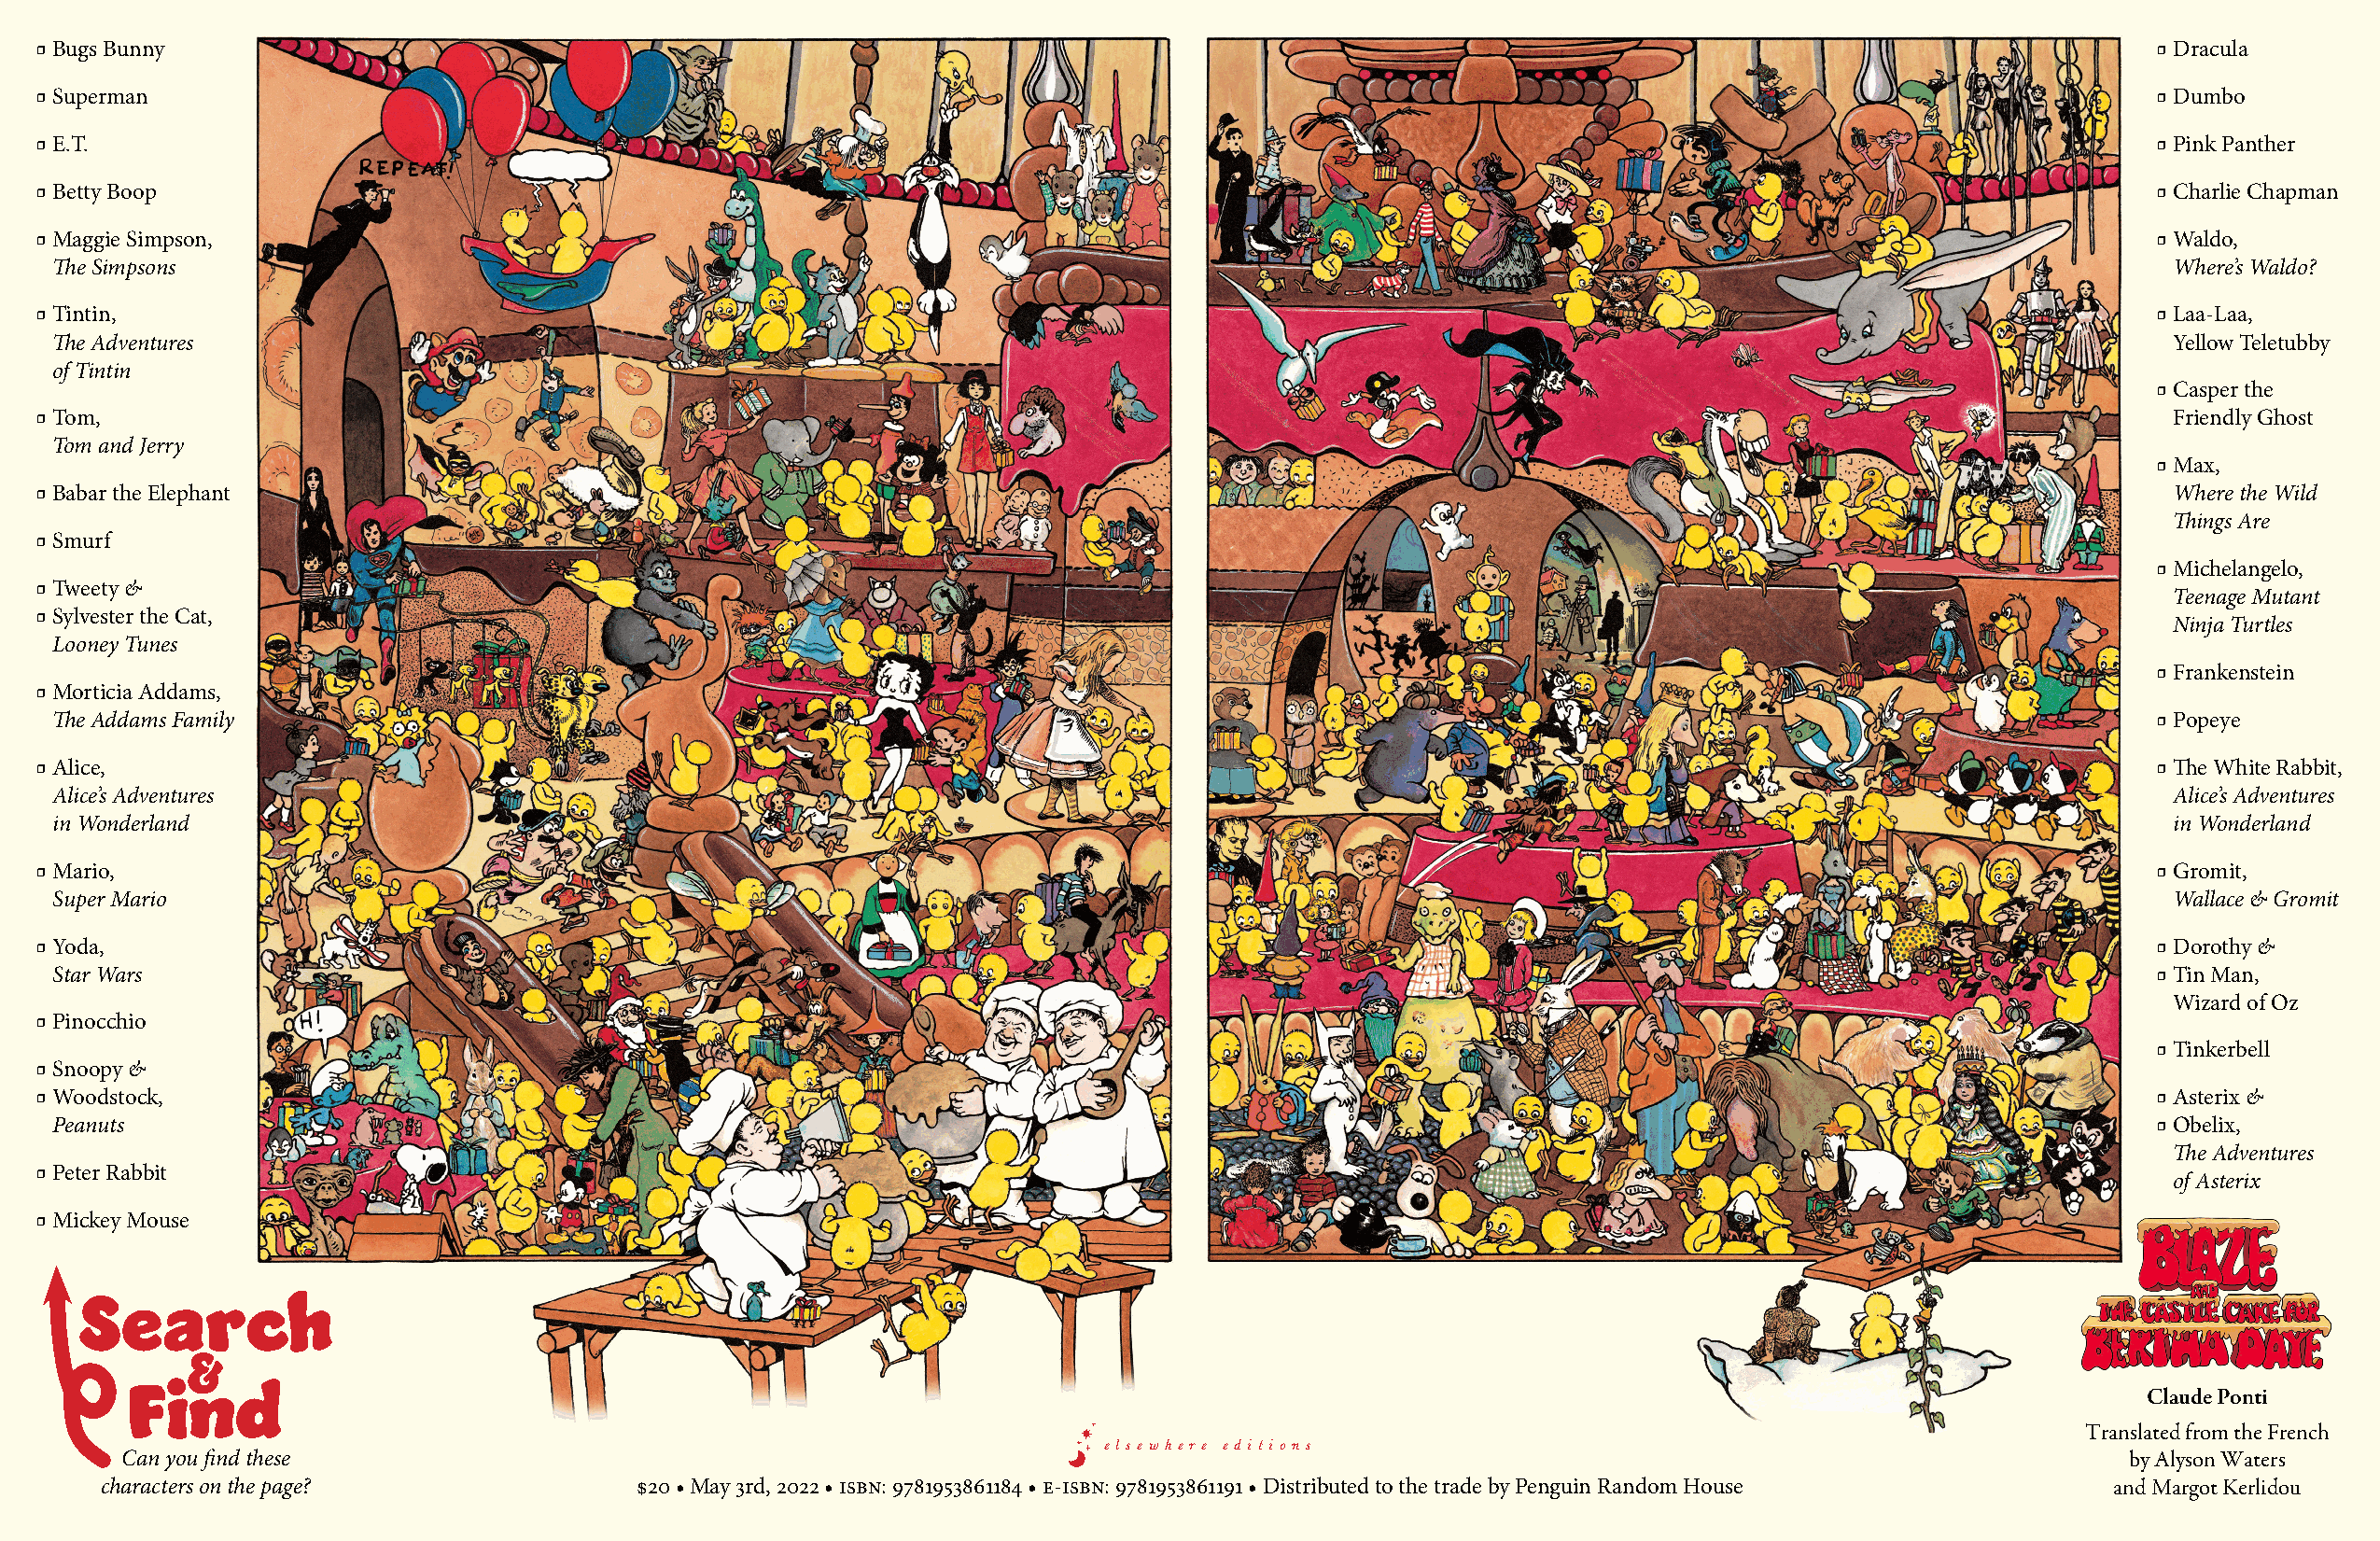
ӽ Bugs Bunny                                                                                                                                           ӽ Dracula
 ӽ Superman                                                                                                                                             ӽ Dumbo
 ӽ E.T.                                                                                                                                                 ӽ Pink Panther
 ӽ Betty Boop                                                                                                                                           ӽ Charlie Chapman
 ӽ Maggie Simpson,                                                                                                                                      ӽ Waldo,
 The Simpsons                                                                                                                                          Where’s Waldo?
 ӽ Tintin,                                                                                                                                              ӽ Laa-Laa,
 The Adventures                                                                                                                                        Yellow Teletubby
 of Tintin
 ӽ Casper the
 ӽ Tom,                                                                                                                                                  Friendly Ghost
 Tom and Jerry
 ӽ Max,
 ӽ Babar the Elephant                                                                                                                                    Where the Wild
 Things Are
 ӽ Smurf
 ӽ Michelangelo,
 ӽ Tweety &
 Teenage Mutant
 ӽ Sylvester the Cat,
 Ninja Turtles
 Looney Tunes
 ӽ Frankenstein
 ӽ Morticia Addams,
 The Addams Family                                                                                                                                    ӽ Popeye
 ӽ Alice,                                                                                                                                               ӽ The White Rabbit,
 Alice’s Adventures                                                                                                                                    Alice’s Adventures
 in Wonderland                                                                                                                                         in Wonderland
 ӽ Mario,                                                                                                                                               ӽ Gromit,
 Super Mario                                                                                                                                           Wallace & Gromit
 ӽ Yoda,                                                                                                                                                ӽ Dorothy &
 Star Wars                                                                                                                                            ӽ Tin Man,
 Wizard of Oz
 ӽ Pinocchio
 ӽ Tinkerbell
 ӽ Snoopy &
 ӽ Woodstock,                                                                                                                                           ӽ Asterix &
 Peanuts                                                                                                                                              ӽ Obelix,
 The Adventures
 ӽ Peter Rabbit
 of Asterix
 ӽ Mickey Mouse
 Search
 &
 Claude Ponti
 Find
 Translated from the French
 e l s e w h e re e d i t i o n s
 Can you find these                                                                                                                            by Alyson Waters
 characters on the page?               $20 • May 3rd, 2022 • isbn: 9781953861184 • e-isbn: 9781953861191 • Distributed to the trade by Penguin Random House and Margot Kerlidou